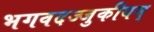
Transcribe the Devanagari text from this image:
भगवदज्जुकीयम्‌